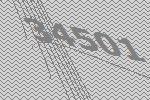
34501